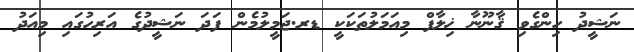
ނަޝީދު ހިންގެވި ޤާނޫނާ ޚިލާފް މިއަމަލުތަކަކީ ޑރ.ޖަމީލުމެން ފަދަ ނަޝީދުގެ އަރިހުގައި މިއަދު